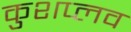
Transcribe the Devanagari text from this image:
कुशप्लव